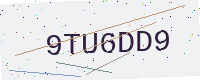
Text: 9TU6DD9